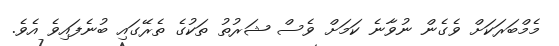
މެމްބަރަކަށް ވެގެން ނުވާނެ ކަމަށް ވެސް ޝަރުތު ތަކުގެ ތެރޭގައި ބުނެފައިވެ އެވެ.